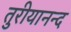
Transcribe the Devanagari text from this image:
तुरीयानन्द